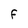
Character: F